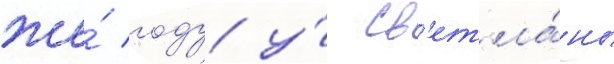
же́ году у́ св'етла́ны